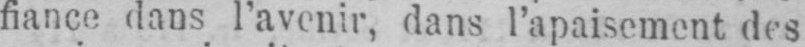
fiance dans l’avenir, dans l’apaisement des